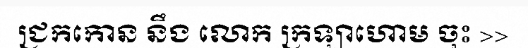
ជ្រកកោន នឹង លោក ក្រឡាហោម ចុះ >>